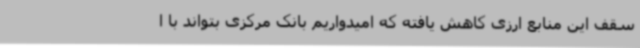
سقف این منابع ارزی کاهش یافته که امیدواریم بانک مرکزی بتواند با ا